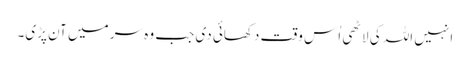
انہیں اللہ کی لاٹھی اُس وقت دکھائی دی جب وہ سر میں آن پڑی۔